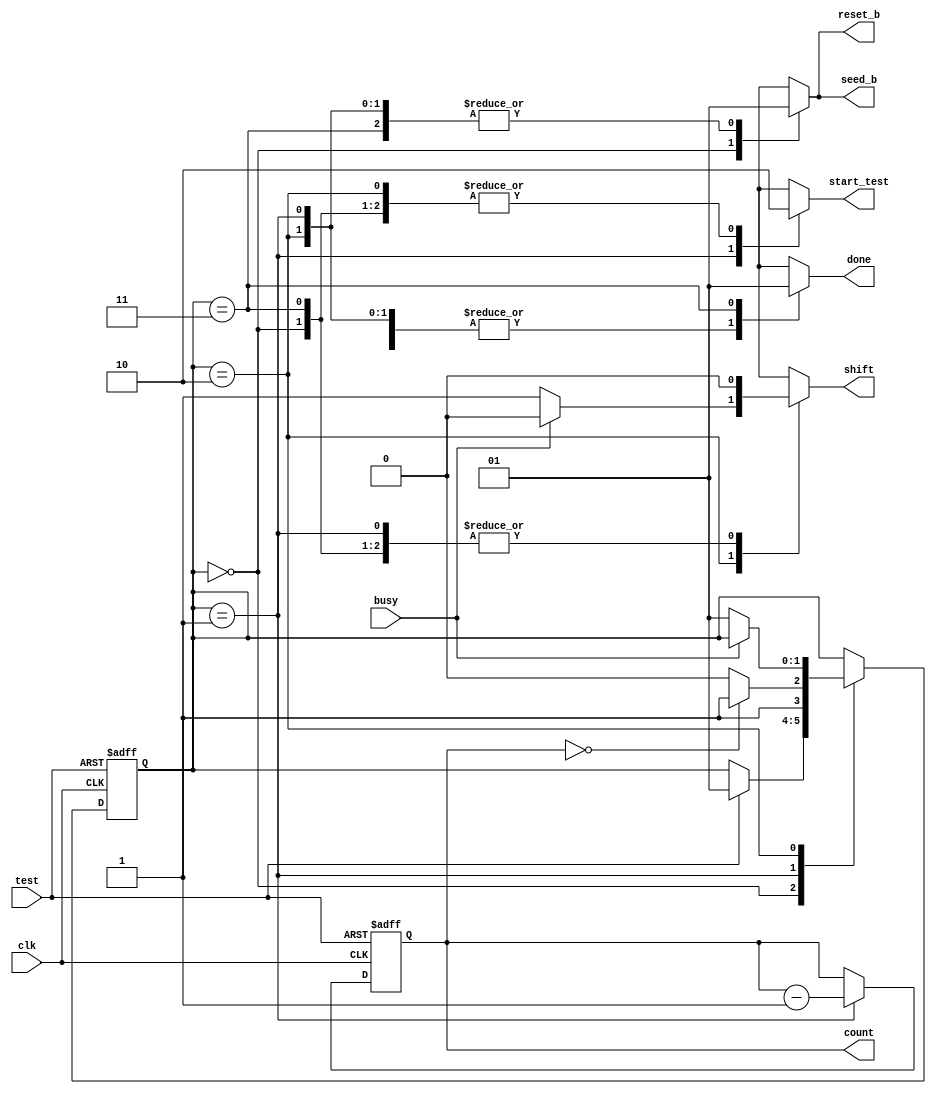
module controller(
    input clk,
    input test, busy,
    output reg seed_b, reset_b, shift,
    output reg start_test, done,
	output reg [7:0] count
    );
     
    parameter IDLE  = 2'b00, // not testing
			  TEST  = 2'b01, // multiplier ready 
			  HALT  = 2'b10, // multiplier not ready 
			  DONE  = 2'b11; // testing finished
				  
    reg [1:0] state, next_state;
    
    always @(posedge clk, negedge test) begin
        if (~test) begin  // disable testing on test signal low
            state <= IDLE;
            count <= 255; // 2^8-1 = 255 combinations of pattern to be checked
        end
        else begin
            state <= next_state;
            if(state == TEST) count <= count - 1'b1; // decrease count on every sucessful compaction
        end
    end
    
    // next-state combinational logic
    always @(*) begin
        next_state = state;
        case (state)
            IDLE : if(test) next_state = TEST; 
            TEST : begin
				    if(count==0) next_state = DONE; // finish testing when all 255 combinatons of pattern are checked
					else next_state = HALT; // halt and wait for multiplier to get ready
				   end
			HALT : if(busy==0) next_state = TEST; // resume testing when multiplier is ready
        endcase
    end
      
	// output combinational logic	
    always @(*) begin
        reset_b    = 1'b1;  // default value for all control signals
        seed_b     = 1'b1;
        done       = 1'b0;
		start_test = 1'b0;
		shift      = 1'b0;
    
        case (state)  
            IDLE  : begin
                        reset_b = 1'b0;
                        seed_b  = 1'b0;
                    end
            TEST  :	start_test = 1'b1;  // start testing as multilpier is ready
			HALT  : if(busy==0) shift = 1'b1; // shift LFSR & MISR when multiplier operation is finished
            DONE  : done = 1'b1; // indicates testing is finished
        endcase
    end
    
endmodule